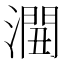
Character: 𰝏